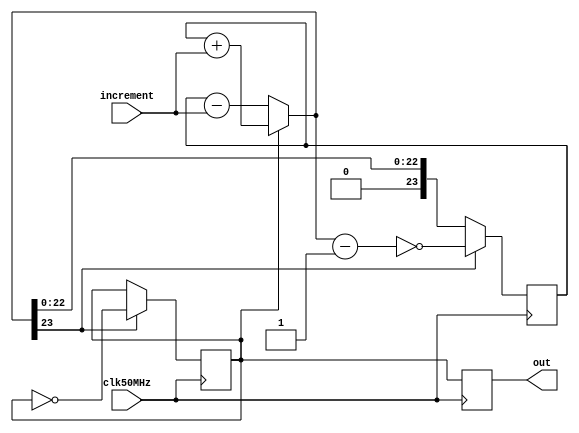
//------------- Increment-Controlled Oscillator (ICO) ------------//
//                                                                //
//         frequency = increment*(50e6)/(2^24)  Hz                //
//         [example] increment=15'b011001011001010 (13002)        //
//                   corresponds to 30.999kHz.                    //

module ICO(out,increment,clk50MHz);
output reg out;
input [14:0] increment;
input clk50MHz;

//--------------------------------------------------------------------//
// A counter counts up and down, 0<=count<=2^23; with an increment.   //
// The up and down correspond to the positive and negative cycles     //
// of the output 												                   //
//                           out=up_count                             // 

reg [23:0] count=24'b0;
reg up_count=1'b1; 

wire [23:0] delta,sum;
assign delta={9'b0,increment};	
assign sum=up_count?(count+delta):(count-delta);

always @(posedge clk50MHz) begin
    count 	<= sum[23]? ~(sum-{23'b0,1'b1})	:sum;
	 up_count<= sum[23]? ~up_count:up_count;
	 out<=up_count;
end


endmodule